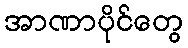
အာဏာပိုင်တွေ